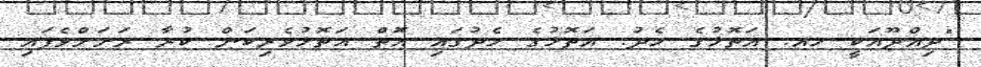
"ދިއްދޫއަކީ ހއ. އަތޮޅުގެ މެދު. އަތޮޅުގެ މެދުގައި އޮތް އަތޮޅުވެރިކަން ކުރާ ރަށަށްވެފައި